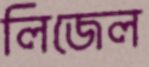
লিজেল